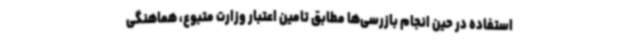
استفاده در حین انجام بازرسی‌ها مطابق تامین اعتبار وزارت متبوع، هماهنگی